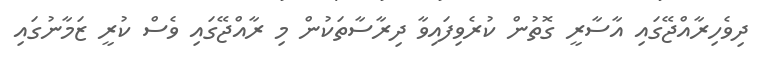
ދިވެހިރާއްޖޭގައި އާސާރީ ގޮތުން ކުރެވިފައިވާ ދިރާސާތަކުން މި ރާއްޖޭގައި ވެސް ކުރީ ޒަމާނުގައި